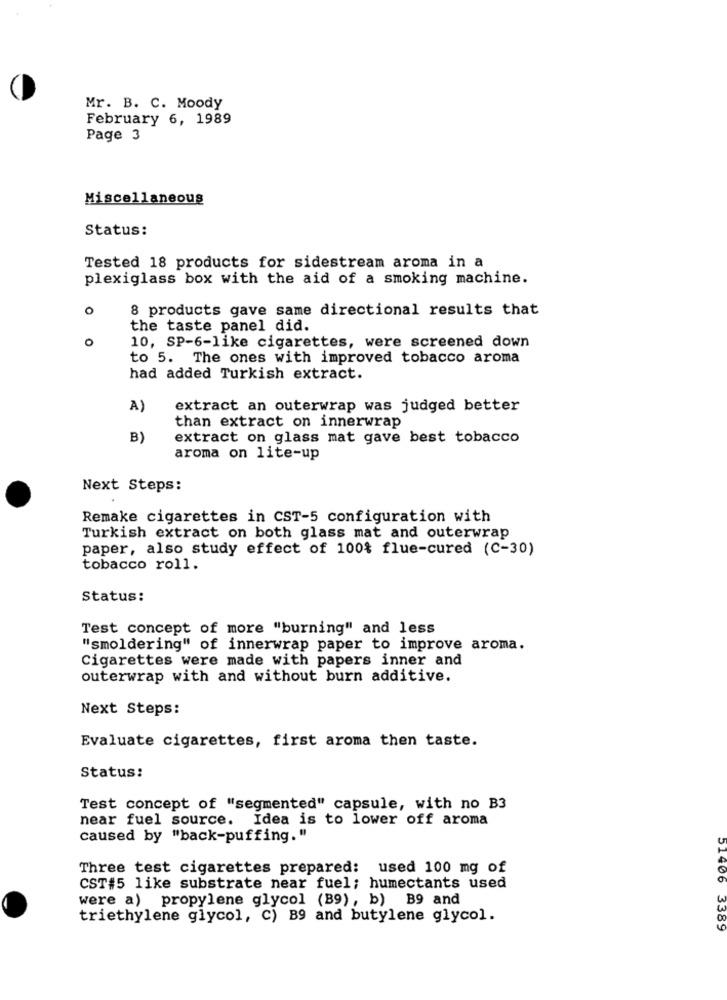
Mr. B. C. Moody
February 6, 1989
Page 3
Miscellaneous
Status:
Tested 18 products for sidestream aroma in a
plexiglass box with the aid of a smoking machine.
0
8 products gave same directional results that
the taste panel did.
O
10, SP-6-like cigarettes, were screened down
to 5. The ones with improved tobacco aroma
had added Turkish extract.
A)
extract an outerwrap was judged better
than extract on innerwrap
B)
extract on glass mat gave best tobacco
aroma on lite-up
Next Steps:
Remake cigarettes in CST-5 configuration with
Turkish extract on both glass mat and outerwrap
paper, also study effect of 100% flue-cured (C-30)
tobacco roll.
Status:
Test concept of more "burning" and less
"smoldering" of innerwrap paper to improve aroma.
Cigarettes were made with papers inner and
outerwrap with and without burn additive.
Next Steps:
Evaluate cigarettes, first aroma then taste.
Status:
Test concept of "segmented" capsule, with no B3
near fuel source. Idea is to lower off aroma
caused by "back-puffing."
Three test cigarettes prepared: used 100 mg of
CST#5 like substrate near fuel; humectants used
were a) propylene glycol (B9), b) B9 and
triethylene glycol, C) B9 and butylene glycol.
51406 3389